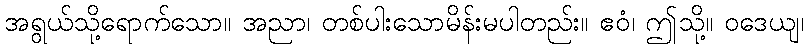
အရွယ်သို့ရောက်သော။ အညာ၊ တစ်ပါးသောမိန်းမပါတည်း။ ဧဝံ၊ ဤသို့။ ဝဒေယျ၊